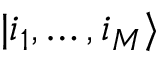
\vert i _ { 1 } , \dots , i _ { M } \rangle